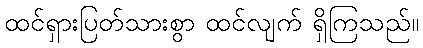
ထင်ရှားပြတ်သားစွာ ထင်လျက် ရှိကြသည်။